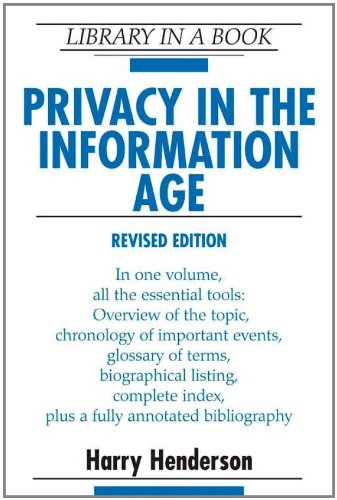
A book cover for Privacy in the Information Age (Library in a Book); Harry Henderson; Computers & Technology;